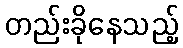
တည်းခိုနေသည့်